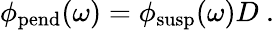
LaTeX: \phi_{\mathrm{pend}}(\omega)=\phi_{\mathrm{susp}}(\omega)D~.